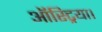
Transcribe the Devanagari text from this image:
ऑस्ट्रिया।